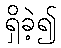
ရှိခဲ့၍